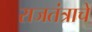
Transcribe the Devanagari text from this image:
राजतंत्राचे